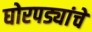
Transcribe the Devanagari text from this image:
घोरपड्यांचे